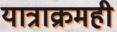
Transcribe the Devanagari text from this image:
यात्राक्रमही